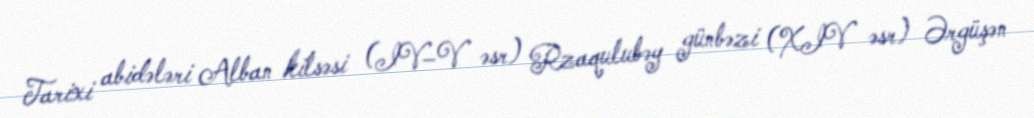
Tarixi abidələri Alban kilsəsi (IV–V əsr) Rzaqulubəy günbəzi (XIV əsr) Ərgüşən